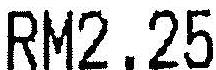
RM2.25